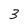
Character: 3